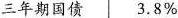
三年期国债 3.8\%